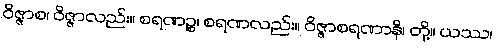
ဝိဇ္ဇာစ၊ ဝိဇ္ဇာလည်း။ စရဏဉ္စ၊ စရဏလည်း။ ဝိဇ္ဇာစရဏာနိ၊ တို့။ ယဿ၊